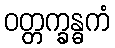
ဝတ္တက္ခန္ဓကံ